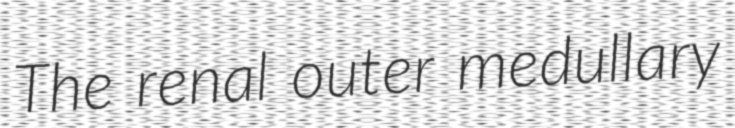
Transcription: The renal outer medullary